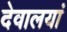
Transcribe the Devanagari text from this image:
देवालयां